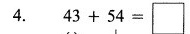
4. $$4 3 + 5 4 = \Box $$